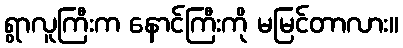
ရွာလူကြီးက နောင်ကြီးကို မမြင်တာလား။